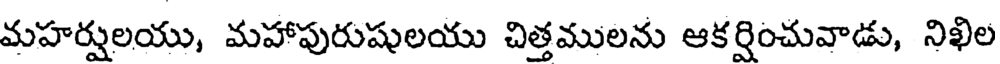
మహర్షులయు, మహాపురుషులయు చిత్తములను ఆకర్షించువాడు, నిఖిల